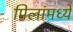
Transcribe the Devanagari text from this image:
पिलांमध्ये